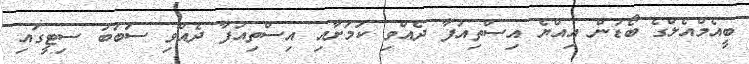
ބީއެމްއެލްގެ ބޯޑުން އިއްޔެ އިސްތިއުފާ ދެއްވި ކަމަށާއި އިސްތިއުފާ ދެއްވި ސަބަބު ސިޓީގައި